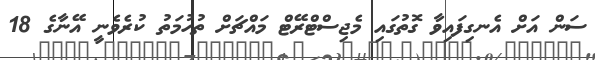
ސަން އަށް އެނގިފައިވާ ގޮތުގައި މެޖިސްޓްރޭޓް މައްޗަށް ތުހުމަތު ކުރެވެނީ އޭނާގެ 18